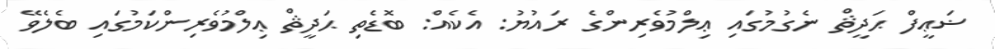
ޟަޢީފް ޙަދީޘް ނެގުމުގައި ޢިލްމުވެރިންގެ ރައުޔު: އެކެއް: ބޮޑެތި ޙަދީޘް ޢިލްމުވެރިންކަމުގައި ބެލެވޭ